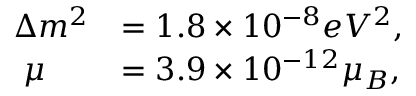
\begin{array} { l l } { { \Delta m ^ { 2 } } } & { { = 1 . 8 \times 1 0 ^ { - 8 } e V ^ { 2 } , } } \\ { { \, \, \mu } } & { { = 3 . 9 \times 1 0 ^ { - 1 2 } \mu _ { B } , } } \end{array}